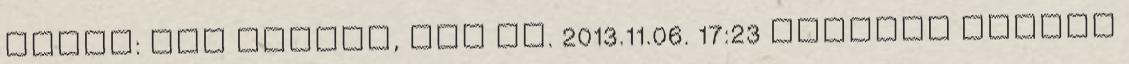
bárki: nem ismeri, nem gy. 2013.11.06. 17:23 Levelet kaptam